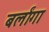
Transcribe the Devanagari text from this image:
बर्लांगा